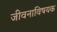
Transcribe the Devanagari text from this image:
जीवनाविषयक